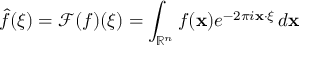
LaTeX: { \hat { f } } ( { \boldsymbol { \xi } } ) = { \mathcal { F } } ( f ) ( { \boldsymbol { \xi } } ) = \int _ { \mathbb { R } ^ { n } } f ( \mathbf { x } ) e ^ { - 2 \pi i \mathbf { x } \cdot { \boldsymbol { \xi } } } \, d \mathbf { x }